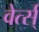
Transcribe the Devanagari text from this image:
वेर्त्स्